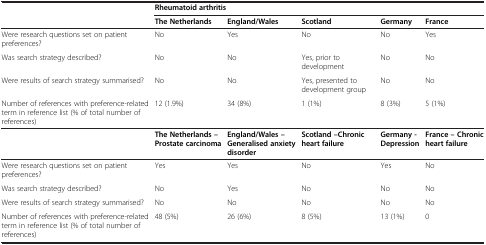
<table><thead><tr><td></td><td colspan="5"><b>Rheumatoid arthritis</b></td></tr><tr><td></td><td><b>The Netherlands</b></td><td><b>England/Wales</b></td><td><b>Scotland</b></td><td><b>Germany</b></td><td><b>France</b></td></tr></thead><tbody><tr><td>Were research questions set on patient preferences?</td><td>No</td><td>Yes</td><td>No</td><td>No</td><td>Yes</td></tr><tr><td>Was search strategy described?</td><td>No</td><td>No</td><td>Yes, prior to development</td><td>No</td><td>No</td></tr><tr><td>Were results of search strategy summarised?</td><td>No</td><td>No</td><td>Yes, presented to development group</td><td>No</td><td>No</td></tr><tr><td>Number of references with preference-related term in reference list (% of total number of references)</td><td>12 (1.9%)</td><td>34 (8%)</td><td>1 (1%)</td><td>8 (3%)</td><td>5 (1%)</td></tr><tr><td></td><td><b>The Netherlands – Prostate carcinoma</b></td><td><b>England/Wales – Generalised anxiety disorder</b></td><td><b>Scotland –Chronic heart failure</b></td><td><b>Germany - Depression</b></td><td><b>France – Chronic heart failure</b></td></tr><tr><td>Were research questions set on patient preferences?</td><td>Yes</td><td>Yes</td><td>No</td><td>Yes</td><td>No</td></tr><tr><td>Was search strategy described?</td><td>No</td><td>Yes</td><td>No</td><td>No</td><td>No</td></tr><tr><td>Were results of search strategy summarised?</td><td>No</td><td>No</td><td>No</td><td>No</td><td>No</td></tr><tr><td>Number of references with preference-related term in reference list (% of total number of references)</td><td>48 (5%)</td><td>26 (6%)</td><td>8 (5%)</td><td>13 (1%)</td><td>0</td></tr></tbody></table>